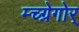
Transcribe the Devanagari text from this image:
म्च्ग्रेगोर्